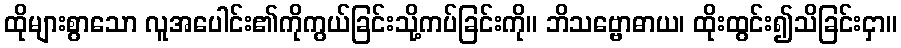
ထိုများစွာသော လူအပေါင်း၏ကိုကွယ်ခြင်းသို့ကပ်ခြင်းကို။ ဘိသဗ္ဗောဓာယ၊ ထိုးထွင်း၍သိခြင်းငှာ။